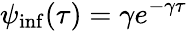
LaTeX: \psi_{\mathrm{inf}}(\tau)=\gamma e^{-\gamma\tau}